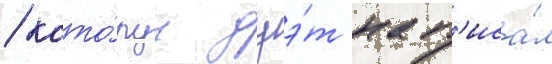
/ кото́руу дуэ́т нап'иса́л